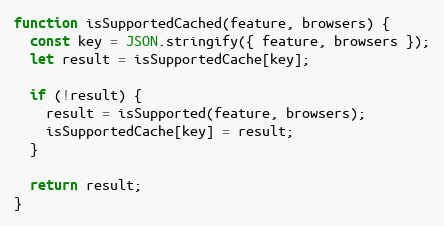
Language: JavaScript
function isSupportedCached(feature, browsers) {
  const key = JSON.stringify({ feature, browsers });
  let result = isSupportedCache[key];

  if (!result) {
    result = isSupported(feature, browsers);
    isSupportedCache[key] = result;
  }

  return result;
}